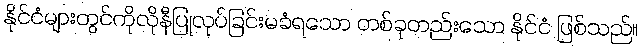
နိုင်ငံများတွင်ကိုလိုနီပြုလုပ်ခြင်းမခံရသော တစ်ခုတည်းသော နိုင်ငံ ဖြစ်သည်။